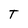
Character: T